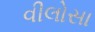
વીલોસા